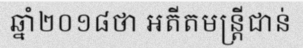
ឆ្នាំ២០១៨ថា អតីតមន្ត្រីជាន់